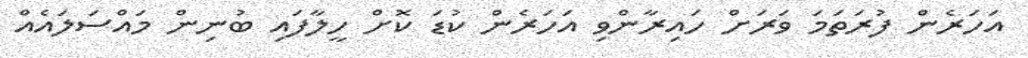
އަހަރެން ފުރަތަމަ ވަރަށް ހައިރާންވި އަހަރެން ކުޑަ ކޮށް ހީލާފައި ބުނިން މައްސަލައެއް